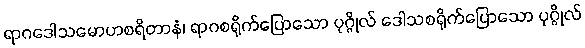
ရာဂဒေါသမောဟစရိတာနံ၊ ရာဂစရိုက်ပြောသော ပုဂ္ဂိုလ် ဒေါသစရိုက်ပြောသော ပုဂ္ဂိုလ်